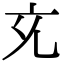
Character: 𭀚